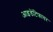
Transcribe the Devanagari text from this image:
आइडेंटिफायर